Note on the mental hospitals in Burma - 1925-1940
Year: 1925
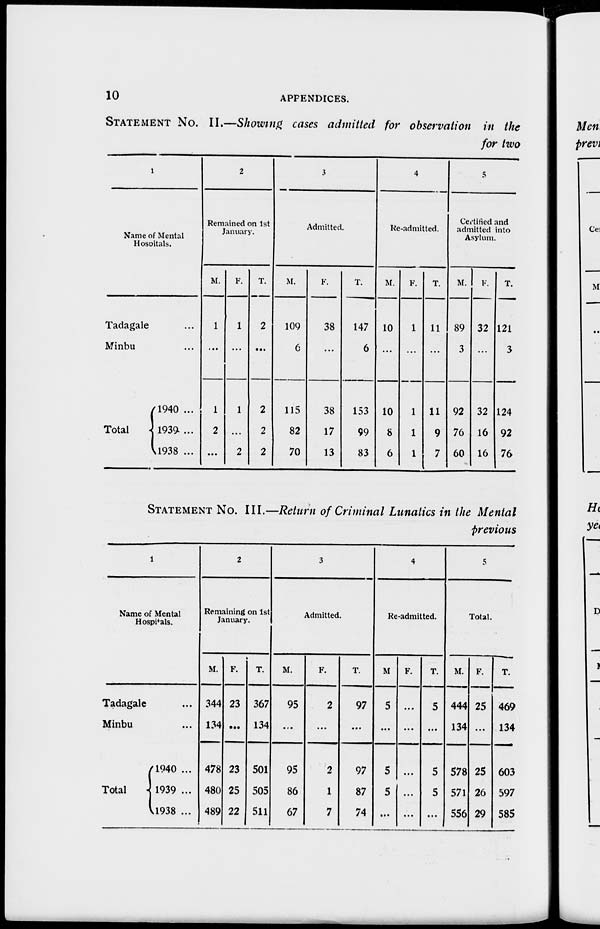
10
APPENDICES.
STATEMENT No. II.—Showing cases admitted for observation in the
for two
1
Name of Mental
Hospitals.
Tadagale ...
Minbu ...
Total
1940 ...
1939 ...
1938 ...
2
Remained on 1st
January.
M.
1
...
1
2
...
F.
1
...
1
...
2
T.
2
...
2
2
2
3
Admitted.
M.
109
6
115
82
70
F.
38
...
38
17
13
T.
147
6
153
99
83
4
Re-admitted.
M.
10
...
10
8
6
F.
1
...
1
1
1
T.
11
...
11
9
7
5
Certified and
admitted into
Asylum.
M.
89
3
92
76
60
F.
32
...
32
16
16
T.
121
3
124
92
76
STATEMENT No. III.—Return of Criminal Lunatics in the Mental
previous
1
Name of Mental
Hospitals.
Tadagale ...
Minbu ...
Total
1940 ...
1939 ...
1938 ...
2
Remaining on 1st
January.
M.
344
134
478
480
489
F.
23
...
23
25
22
T.
367
134
501
505
511
3
Admitted.
M.
95
...
95
86
67
F.
2
...
2
1
7
T.
97
...
97
87
74
4
Re-admitted.
M
5
...
5
5
...
F.
...
...
...
...
...
T.
5
...
5
5
...
5
Total.
M.
444
134
578
571
556
F.
25
...
25
26
29
T.
469
134
603
597
585